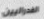
الفدراليين